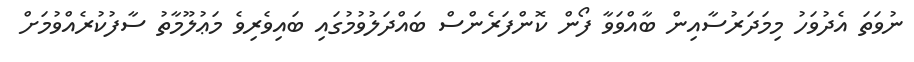
ނުވަތަ އެދުވަހު މިމަދަރުސާއިން ބާއްވަވާ ފޯން ކޮންފަރެންސް ބައްދަލުވުމުގައި ބައިވެރިވެ މަޢުލޫމާތު ސާފުކުރެއްވުމަށް